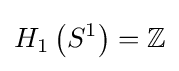
H_{1}\left(S^{1}\right)=\mathbb {Z}